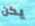
يكن